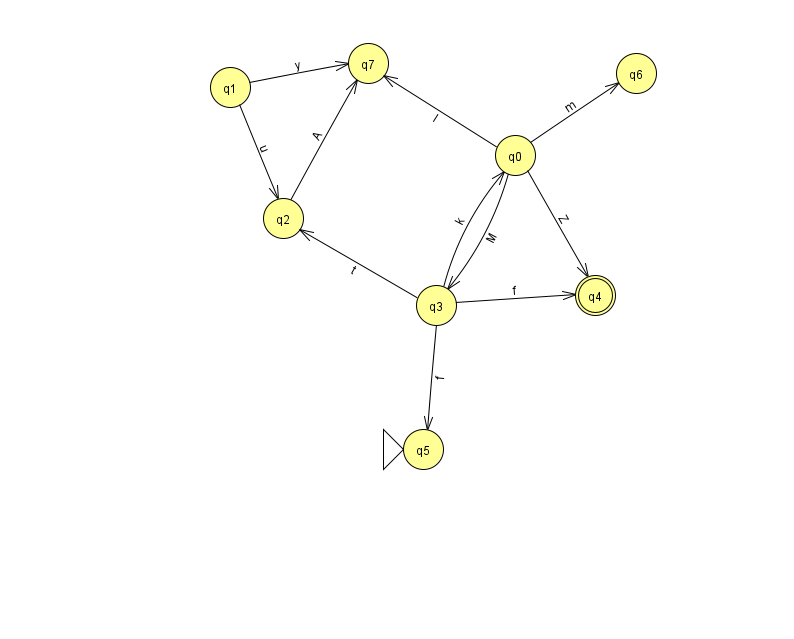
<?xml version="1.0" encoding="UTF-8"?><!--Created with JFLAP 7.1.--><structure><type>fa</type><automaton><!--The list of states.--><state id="0" name="q0"><x>515.0</x><y>142.0</y></state><state id="1" name="q1"><x>230.0</x><y>74.0</y></state><state id="2" name="q2"><x>283.0</x><y>205.0</y></state><state id="3" name="q3"><x>436.0</x><y>292.0</y></state><state id="4" name="q4"><x>595.0</x><y>282.0</y><final/></state><state id="5" name="q5"><x>423.0</x><y>436.0</y><initial/></state><state id="6" name="q6"><x>636.0</x><y>60.0</y></state><state id="7" name="q7"><x>368.0</x><y>50.0</y></state><!--The list of transitions.--><transition><from>0</from><to>3</to><read>M</read></transition><transition><from>3</from><to>0</to><read>k</read></transition><transition><from>2</from><to>7</to><read>A</read></transition><transition><from>1</from><to>2</to><read>u</read></transition><transition><from>3</from><to>5</to><read>f</read></transition><transition><from>0</from><to>6</to><read>m</read></transition><transition><from>1</from><to>7</to><read>y</read></transition><transition><from>3</from><to>4</to><read>f</read></transition><transition><from>0</from><to>4</to><read>Z</read></transition><transition><from>0</from><to>7</to><read>l</read></transition><transition><from>3</from><to>2</to><read>t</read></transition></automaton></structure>